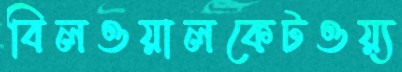
বিলওয়ালকেটওয়্য